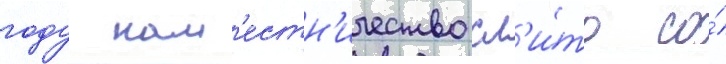
году нам'естн'ичество сл'и́то со́